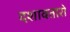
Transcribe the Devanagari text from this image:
दशावतारो